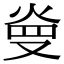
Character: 𤈬